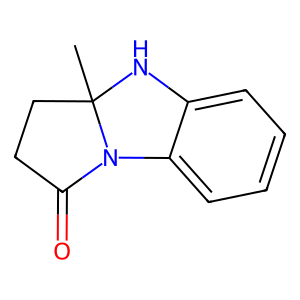
SMILES: CC12CCC(=O)N1c1ccccc1N2
Inhibits HIV replication: No